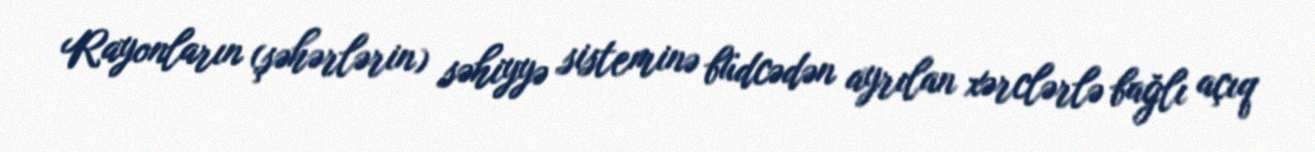
Rayonların (şəhərlərin) səhiyyə sisteminə büdcədən ayrılan xərclərlə bağlı açıq